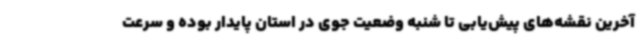
آخرین نقشه‌های پیش‌یابی تا شنبه وضعیت جوی در استان پایدار بوده و سرعت